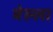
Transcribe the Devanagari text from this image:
बेल्ला